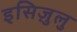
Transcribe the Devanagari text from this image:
इसिज़ुलु